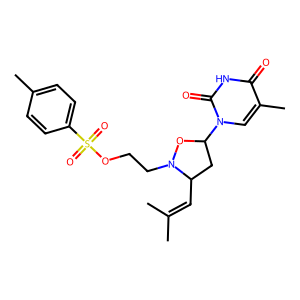
SMILES: CC(C)=CC1CC(n2cc(C)c(=O)[nH]c2=O)ON1CCOS(=O)(=O)c1ccc(C)cc1
Inhibits HIV replication: No